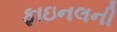
ફાઇનલની